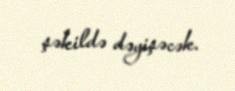
şəkildə dəyişəcək.